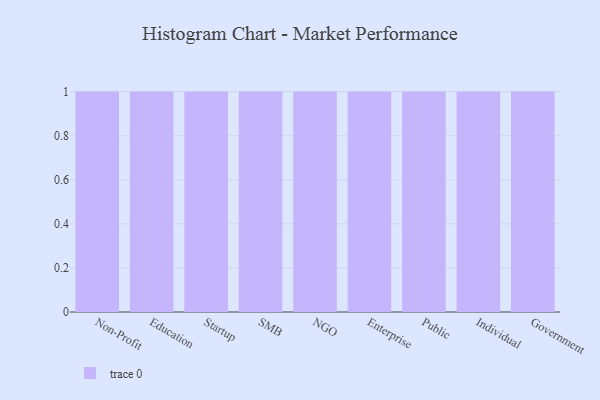
{"axis": {"x": "Segment", "y": "Revenue (USD Million)"}, "legend": [""], "data": [{"x": "Non-Profit", "y": 12, "type": ""}, {"x": "Education", "y": 49, "type": ""}, {"x": "Startup", "y": 17, "type": ""}, {"x": "SMB", "y": 60, "type": ""}, {"x": "NGO", "y": 68, "type": ""}, {"x": "Enterprise", "y": 54, "type": ""}, {"x": "Public", "y": 79, "type": ""}, {"x": "Individual", "y": 51, "type": ""}, {"x": "Government", "y": 95, "type": ""}]}